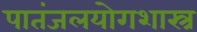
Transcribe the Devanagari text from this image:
पातंजलयोगशास्त्र